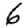
Digit: 6